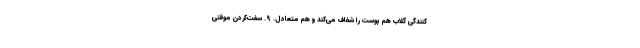
کنندگی گلاب هم پوست را شفاف می‌کند و هم متعادل. ۹. سفت‌کردن موقتی